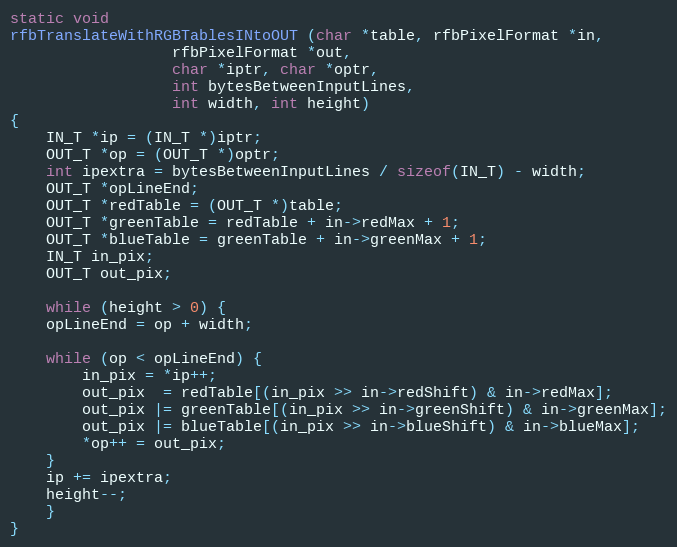
Language: C++
static void
rfbTranslateWithRGBTablesINtoOUT (char *table, rfbPixelFormat *in,
				  rfbPixelFormat *out,
				  char *iptr, char *optr,
				  int bytesBetweenInputLines,
				  int width, int height)
{
    IN_T *ip = (IN_T *)iptr;
    OUT_T *op = (OUT_T *)optr;
    int ipextra = bytesBetweenInputLines / sizeof(IN_T) - width;
    OUT_T *opLineEnd;
    OUT_T *redTable = (OUT_T *)table;
    OUT_T *greenTable = redTable + in->redMax + 1;
    OUT_T *blueTable = greenTable + in->greenMax + 1;
    IN_T in_pix;
    OUT_T out_pix;

    while (height > 0) {
	opLineEnd = op + width;

	while (op < opLineEnd) {
	    in_pix = *ip++;
	    out_pix  = redTable[(in_pix >> in->redShift) & in->redMax];
	    out_pix |= greenTable[(in_pix >> in->greenShift) & in->greenMax];
	    out_pix |= blueTable[(in_pix >> in->blueShift) & in->blueMax];
	    *op++ = out_pix;
	}
	ip += ipextra;
	height--;
    }
}